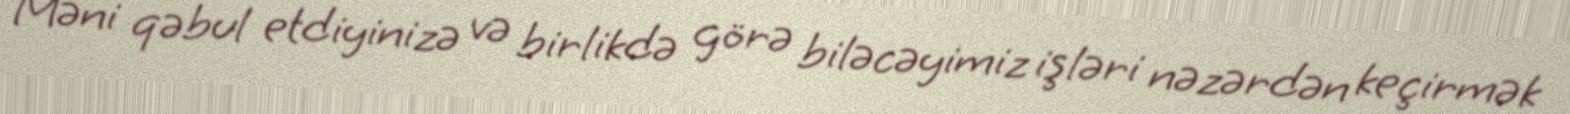
Məni qəbul etdiyinizə və birlikdə görə biləcəyimiz işləri nəzərdən keçirmək